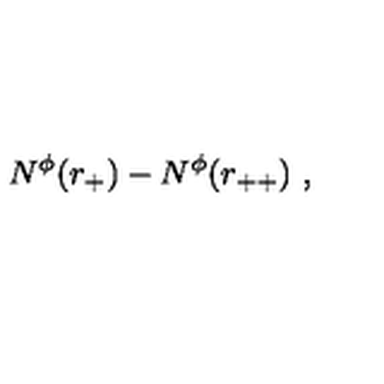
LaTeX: N ^ { \phi } ( r _ { + } ) - N ^ { \phi } ( r _ { + + } ) \ ,